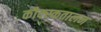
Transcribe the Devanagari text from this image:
कौक्स्कतालन